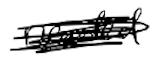
Text: needed
Cross-out: scratch
Writing tool: digital_black